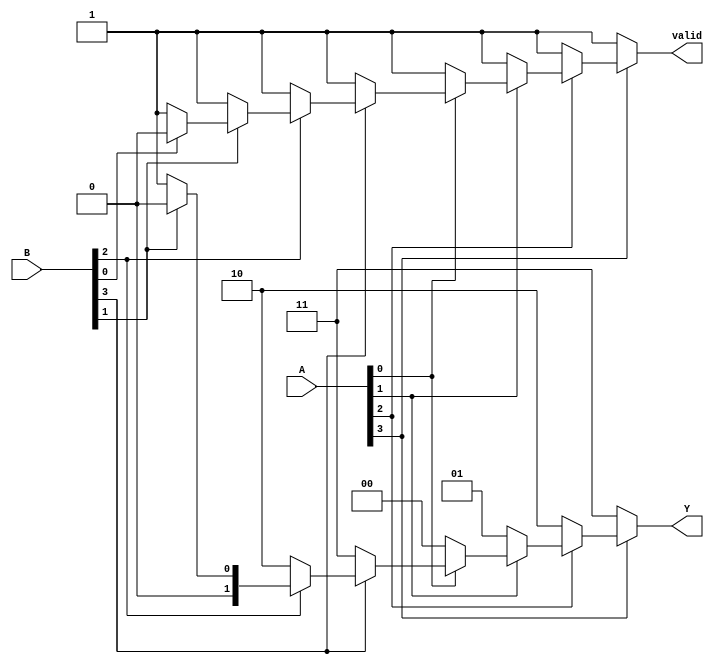
module DualPriorityEncoder (
    input  wire [3:0] A,     // Set A inputs (active low)
    input  wire [3:0] B,     // Set B inputs (active low)
    output reg  [1:0] Y,     // Output: binary representation of the highest priority active input
    output reg  valid         // Output: indicates if any input is active
);

// Always block to compute Y and valid based on the inputs
always @(*) begin
    // Initialize outputs
    Y = 2'b00;
    valid = 1'b0;

    // Check inputs from set A first (higher priority)
    if (~A[3]) begin
        Y = 2'b11; // A3 is active
        valid = 1'b1;
    end else if (~A[2]) begin
        Y = 2'b10; // A2 is active
        valid = 1'b1;
    end else if (~A[1]) begin
        Y = 2'b01; // A1 is active
        valid = 1'b1;
    end else if (~A[0]) begin
        Y = 2'b00; // A0 is active
        valid = 1'b1;
    end 
    // If no active inputs in set A, check set B
    else if (~B[3]) begin
        Y = 2'b11; // B3 is active
        valid = 1'b1;
    end else if (~B[2]) begin
        Y = 2'b10; // B2 is active
        valid = 1'b1;
    end else if (~B[1]) begin
        Y = 2'b01; // B1 is active
        valid = 1'b1;
    end else if (~B[0]) begin
        Y = 2'b00; // B0 is active
        valid = 1'b1;
    end
    // If nothing is active, the output remains as initialized: Y = 00, valid = 0
end

endmodule